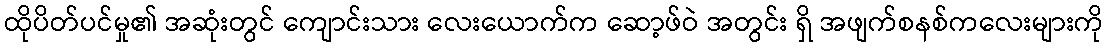
ထိုပိတ်ပင်မှု၏ အဆုံးတွင် ကျောင်းသား လေးယောက်က ဆော့ဖ်ဝဲ အတွင်း ရှိ အဖျက်စနစ်ကလေးများကို